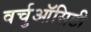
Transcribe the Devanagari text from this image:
वर्चुऑसिटी